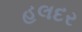
હલદર